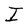
Character: I